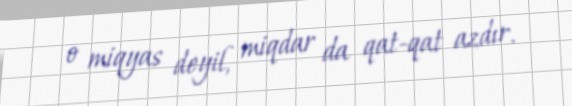
o miqyas deyil, miqdar da qat-qat azdır.